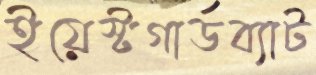
ইয়েস্টগার্ডব্যাট